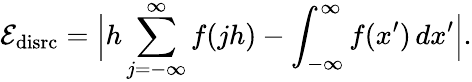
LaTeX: \mathcal{E}_{\mathrm{disrc}}=\Big|h\sum_{j=-\infty}^{\infty}f(jh)-\int_{-\infty}^{\infty}f(x^{\prime})\, dx^{\prime}\Big|.